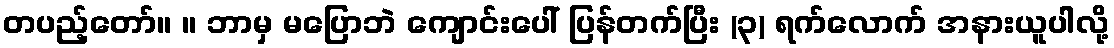
တပည့်တော်။ ။ ဘာမှ မပြောဘဲ ကျောင်းပေါ် ပြန်တက်ပြီး (၃) ရက်လောက် အနားယူပါလို့